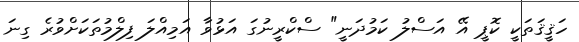
ހަޤީޤަތަކީ ކޮޕީ އޭ އަސްލު ކަމުދަނީ" ސްކްރީނުގަ އަޅުވާ އަމިއްލަ ފިލްމުތަކަށްވުރެ ގިނަ